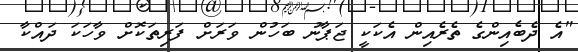
"އެ ދެބެއިންގެ ތެރެއިން އެކަކީ ޖަޕާނު ބަހުން ވަރަށް ފަރިތަކޮށް ވާހަކަ ދައްކާ